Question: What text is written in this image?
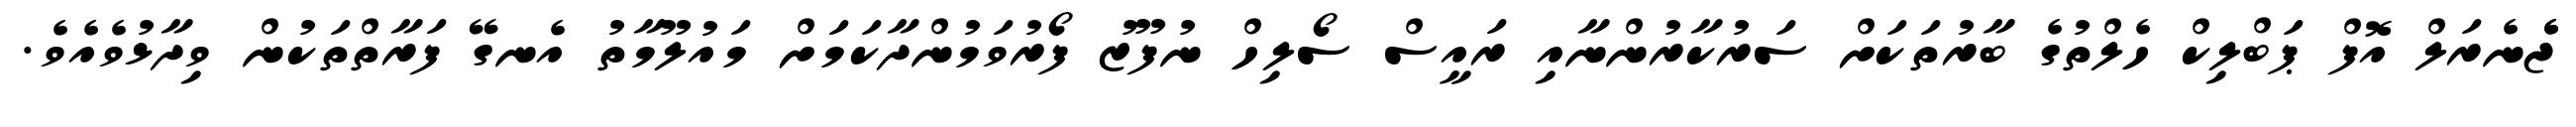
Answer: ޖެެނެރަލް އޮފް ޕަބްލިކް ހެލްތުގެ ބާރުތަކަށް ސަރުކާރުންނާއި ރައީސް ސޯލިހް ނުފޫޒު ފޯރުވަމުންދާކަމަށް މައުލޫމާތު އެނގޭ ފަރާތްތަކުން ވިދާޅުވެއެވެ.